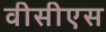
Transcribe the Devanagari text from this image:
वीसीएस